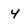
Character: 4